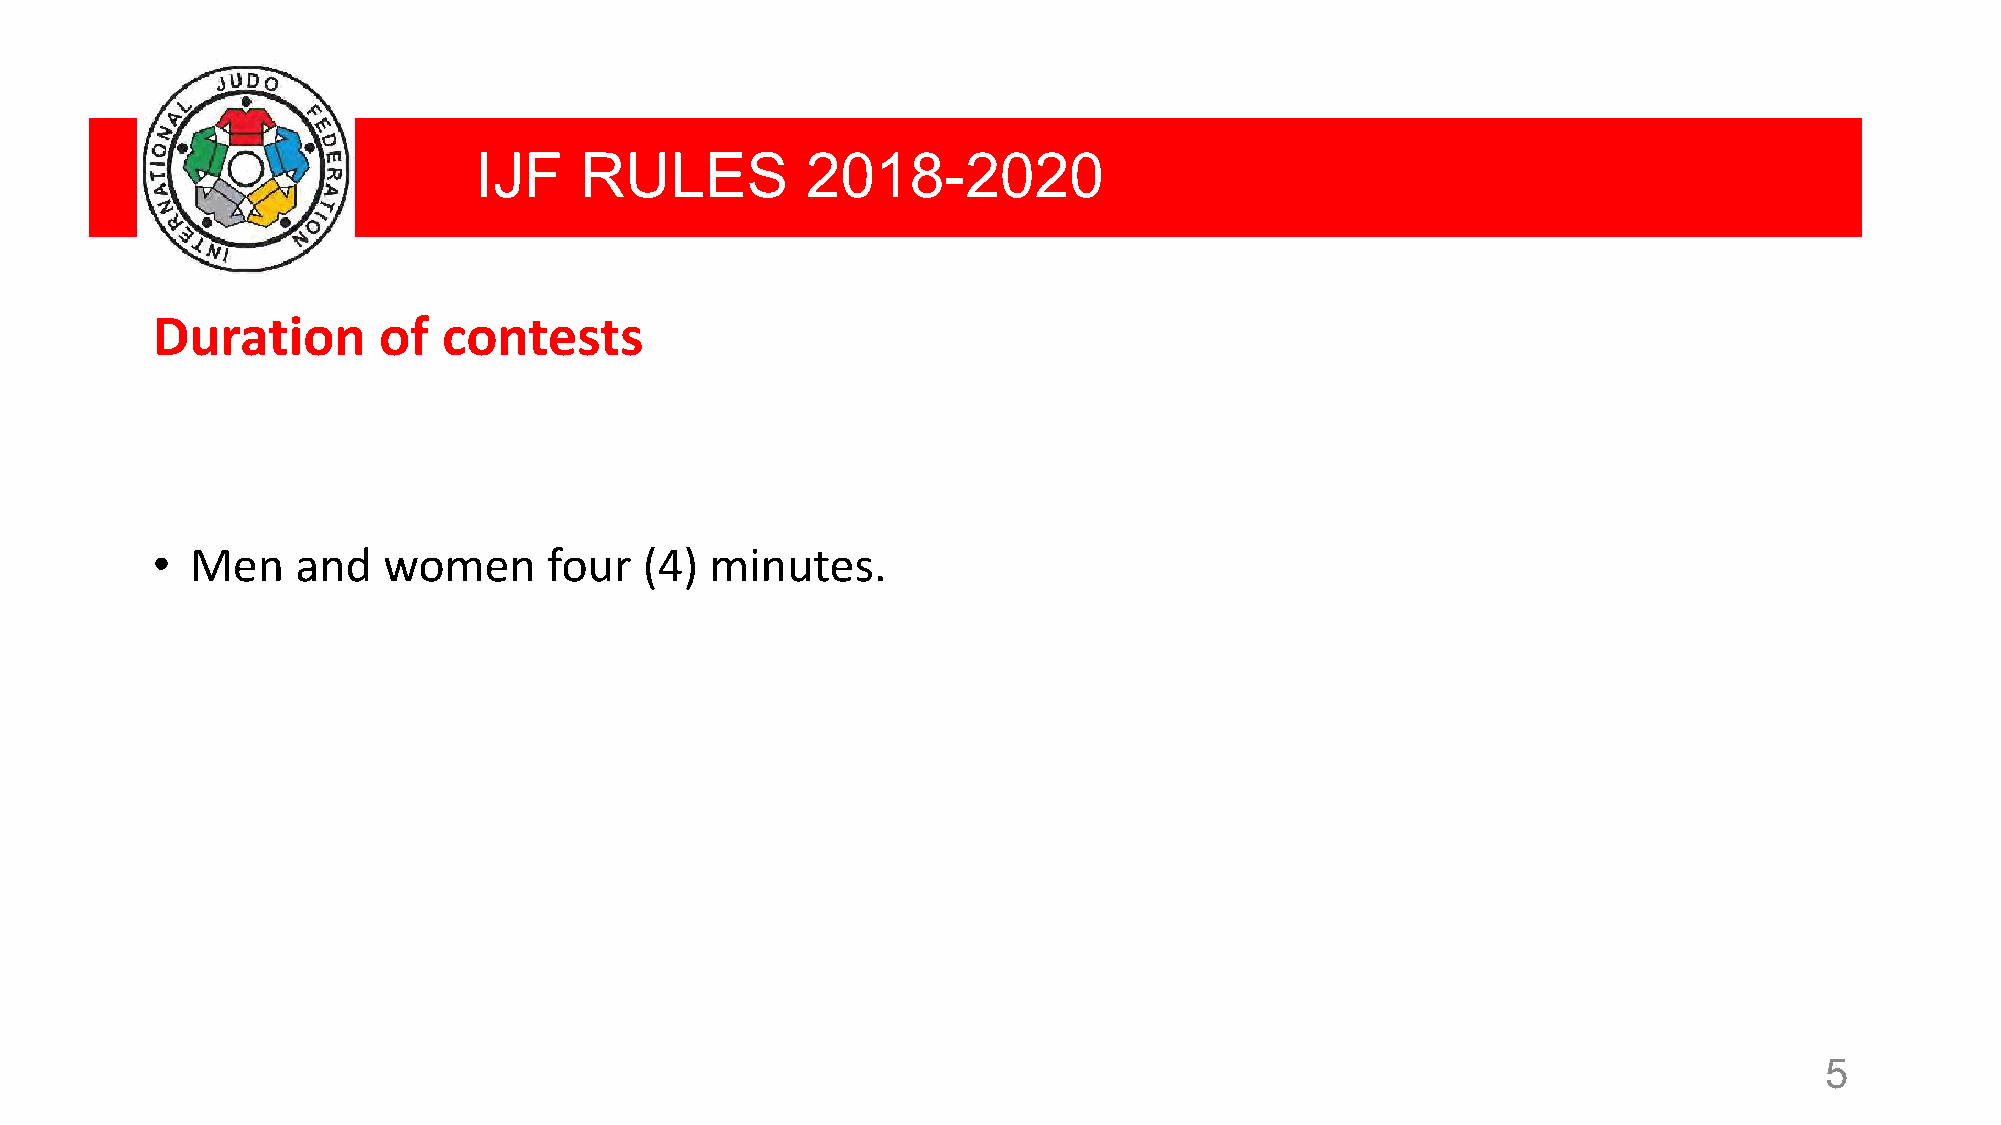
IJF    RULES          2018-2020
 Duration       of  contests
 •  Men    and  women      four   (4) minutes.
 5